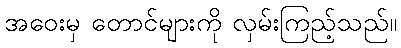
အဝေးမှ တောင်များကို လှမ်းကြည့်သည်။